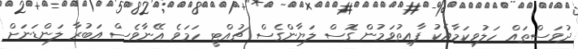
ދުވަސްތައް ހަލުވިކަމާއެކު ފާއިތުވަމުން ގޮސް ލަޔާންގެސް ޗުއްޓީ ހަމަވެ އޭނާވެސް އަބުރާ ލަންޑަނަށް